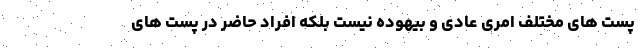
پست های مختلف امری عادی و بیهوده نیست بلکه افراد حاضر در پست های